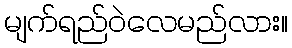
မျက်ရည်ဝဲလေမည်လား။